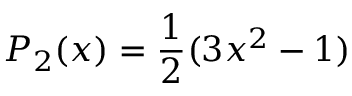
P _ { 2 } ( x ) = \frac { 1 } { 2 } ( 3 x ^ { 2 } - 1 )